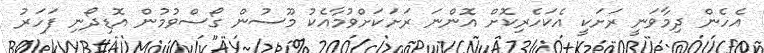
އެހެން ދިމާވަނީ ރަށަކީ އެކަހެރިކޮށް އޮންނަ ރަށަކަށްވުމާއެކު މޫސުން ގޯސްވުމުން އޮޑިދޯނި ފަހަރު